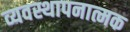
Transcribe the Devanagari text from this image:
व्यवस्थापनात्मक